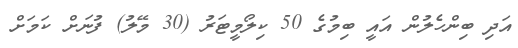
އަދި ބިންހެލުން އައީ ބިމުގެ 50 ކިލޯމީޓަރު (30 މޭލު) ފުނަށް ކަމަށް